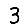
Digit: 3